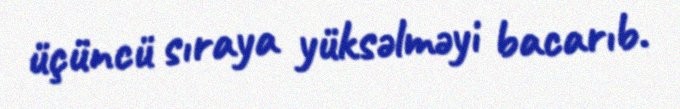
üçüncü sıraya yüksəlməyi bacarıb.